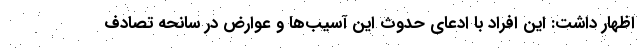
اظهار داشت: این افراد با ادعای حدوث این آسیب‌ها و عوارض در سانحه تصادف